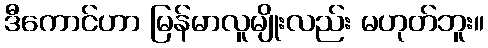
ဒီကောင်ဟာ မြန်မာလူမျိုးလည်း မဟုတ်ဘူး။